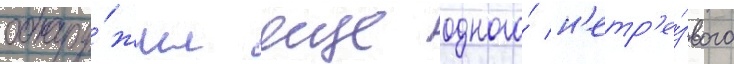
обнару́жил еще одного́ н'етр'е́звого